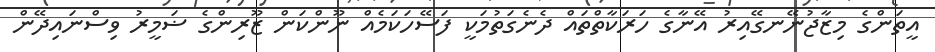
އީތަންގެ މިޒާޖުނޭނގޭއިރު އޭނާގެ ހަރަކާތްތައް ދެނެގަތުމަކީ ފަސޭހަކަމެއް ނޫންކަން ޒޫރިންގެ ޟަމީރު ވިސްނައިދޭން